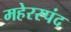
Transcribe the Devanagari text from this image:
महेरस्पंद